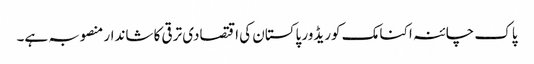
پاک چائنہ اکنامک کوریڈور پاکستان کی اقتصادی ترقی کا شاندار منصوبہ ہے۔